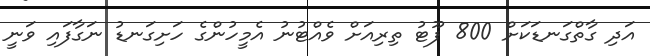
އަދި ގާތްގަނޑަކަށް 800 ފޫޓު ތިރިއަށް ވެއްޓުނު އެމީހުންގެ ހަށިގަނޑު ނަގާފައި ވަނީ